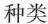
种类